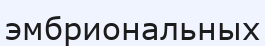
эмбриональных